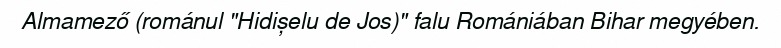
Almamező (románul "Hidișelu de Jos)" falu Romániában Bihar megyében.